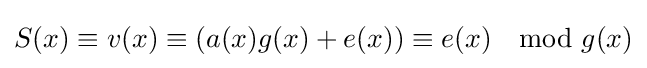
S(x)\equiv v(x)\equiv (a(x)g(x)+e(x))\equiv e(x)\mod g(x)